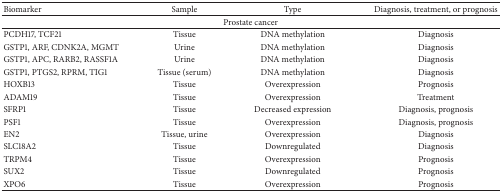
<table><thead><tr><td><b>Biomarker </b></td><td><b>Sample</b></td><td><b>Type</b></td><td><b>Diagnosis, treatment, or prognosis</b></td></tr></thead><tbody><tr><td colspan="4">Prostate cancer</td></tr><tr><td>PCDH17, TCF21</td><td>Tissue</td><td>DNA methylation</td><td>Diagnosis</td></tr><tr><td>GSTP1, ARF, CDNK2A, MGMT</td><td>Urine</td><td>DNA methylation</td><td>Diagnosis</td></tr><tr><td>GSTP1, APC, RARB2, RASSF1A</td><td>Urine</td><td>DNA methylation</td><td>Diagnosis</td></tr><tr><td>GSTP1, PTGS2, RPRM, TIG1</td><td>Tissue (serum)</td><td>DNA methylation</td><td>Diagnosis</td></tr><tr><td>HOXB13</td><td>Tissue</td><td>Overexpression</td><td>Prognosis</td></tr><tr><td>ADAM19</td><td>Tissue</td><td>Overexpression</td><td>Treatment</td></tr><tr><td>SFRP1</td><td>Tissue</td><td>Decreased expression</td><td>Diagnosis, prognosis</td></tr><tr><td>PSF1</td><td>Tissue</td><td>Overexpression</td><td>Diagnosis, prognosis</td></tr><tr><td>EN2</td><td>Tissue, urine</td><td>Overexpression</td><td>Diagnosis</td></tr><tr><td>SLC18A2</td><td>Tissue</td><td>Downregulated</td><td>Diagnosis</td></tr><tr><td>TRPM4</td><td>Tissue</td><td>Overexpression</td><td>Prognosis</td></tr><tr><td>SUX2</td><td>Tissue</td><td>Downregulated</td><td>Prognosis</td></tr><tr><td>XPO6</td><td>Tissue</td><td>Overexpression</td><td>Prognosis</td></tr></tbody></table>